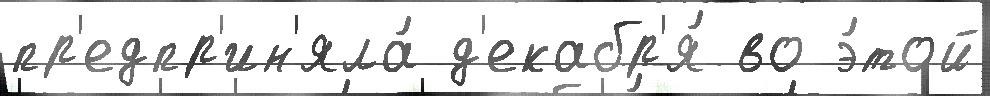
пр'едпр'ин'яла́ д'екабр'я́ во э́той